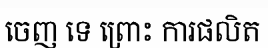
ចេញ ទេ ព្រោះ ការផលិត